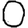
Digit: 0